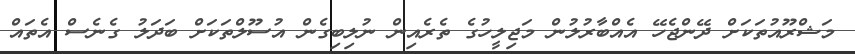
މަޝްރޫއުތަކަށް ދޭންޖެހޭ އެއްބާރުލުން މަޖިލީހުގެ ތެރެއިން ނުލިބިގެން އުސޫލްތަކަށް ބަދަލު ގެނެސް އެތައް